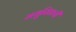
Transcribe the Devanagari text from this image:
मधुरिताची